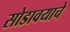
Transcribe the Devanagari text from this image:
सोडावयाचे